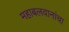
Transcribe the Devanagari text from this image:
महाबलवानांचा